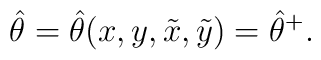
\hat \theta = \hat \theta (x, y, \tilde x, \tilde y) = \hat \theta^+.